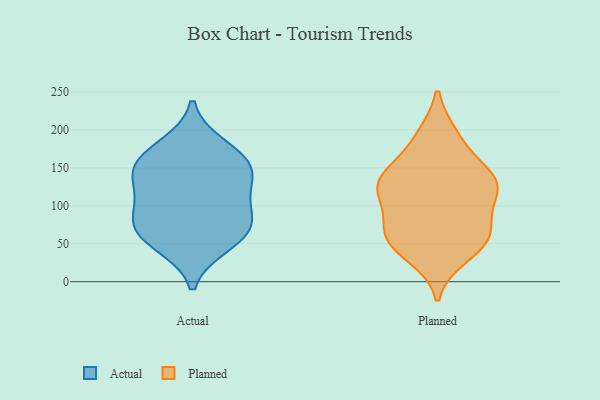
{"axis": {"x": "Website Visitors", "y": "Value"}, "legend": ["Actual", "Planned"], "data": [{"x": "", "y": 178, "type": "Actual"}, {"x": "", "y": 50, "type": "Actual"}, {"x": "", "y": 78, "type": "Actual"}, {"x": "", "y": 150, "type": "Actual"}, {"x": "", "y": 72, "type": "Actual"}, {"x": "", "y": 150, "type": "Actual"}, {"x": "", "y": 64, "type": "Actual"}, {"x": "", "y": 105, "type": "Actual"}, {"x": "", "y": 155, "type": "Actual"}, {"x": "", "y": 120, "type": "Actual"}, {"x": "", "y": 69, "type": "Planned"}, {"x": "", "y": 110, "type": "Planned"}, {"x": "", "y": 56, "type": "Planned"}, {"x": "", "y": 192, "type": "Planned"}, {"x": "", "y": 56, "type": "Planned"}, {"x": "", "y": 153, "type": "Planned"}, {"x": "", "y": 43, "type": "Planned"}, {"x": "", "y": 140, "type": "Planned"}, {"x": "", "y": 71, "type": "Planned"}, {"x": "", "y": 119, "type": "Planned"}, {"x": "", "y": 191, "type": "Planned"}, {"x": "", "y": 133, "type": "Planned"}, {"x": "", "y": 118, "type": "Planned"}, {"x": "", "y": 34, "type": "Planned"}, {"x": "", "y": 72, "type": "Planned"}, {"x": "", "y": 130, "type": "Planned"}, {"x": "", "y": 131, "type": "Planned"}]}